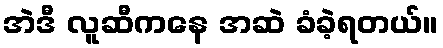
အဲဒီ လူဆီကနေ အဆဲ ခံခဲ့ရတယ်။